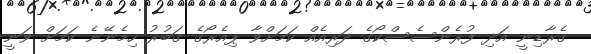
ގެރާޑިނީ އަދި ފުރެންސެސްކޯގެ ދަރިއެއް ކަމަށްވާ ޕިއެރޯގެ ގަބުރު ހިމެނޭނެ ކަމަށް ވަނީ